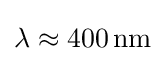
\lambda \approx 400\,\mathrm {nm}